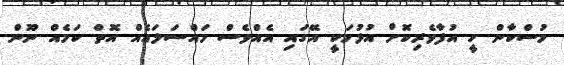
މުސްކާން ހީ އުފާވެރިކޮށް އުޅުމަކީ އޭގައި އެއްވެސް މައްސަލައެއް އޮތް ކަމެއް ނޫން.